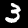
Label: 3